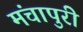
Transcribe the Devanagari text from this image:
मंचापुरी